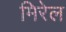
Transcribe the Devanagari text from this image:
मिरेल